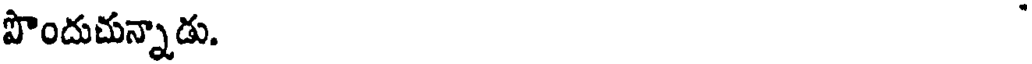
పొందుచున్నాడు.